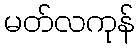
မတ်လကုန်